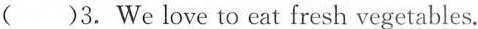
( )3. We love to eat fresh vegetables.